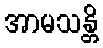
အာမသန္တိ